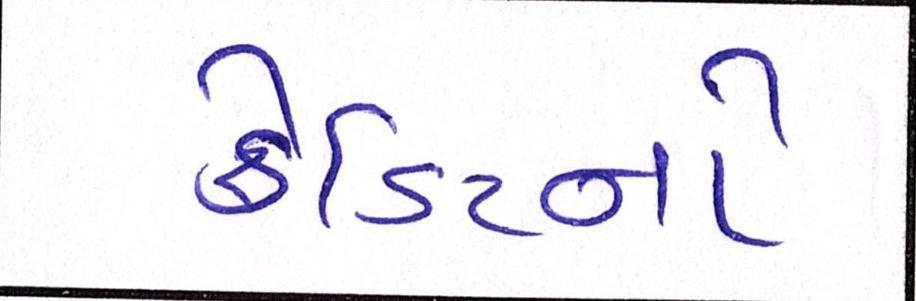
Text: ક્રેડિટનો